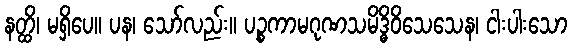
နတ္ထိ၊ မရှိပေ။ ပန၊ သော်လည်း။ ပဉ္စကာမဂုဏသမိဒ္ဓိဝိသေသေန၊ ငါးပါးသော